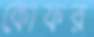
কোফর